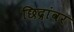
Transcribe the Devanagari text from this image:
छिद्रांवर